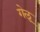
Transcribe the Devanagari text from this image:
गेलू